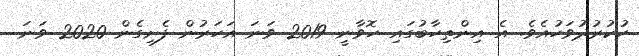
ހުކުރުދުވަހުއެވެ. އެ އިންތިހާބުގައި ހޮވާނީ 2019 ވަަނަ އަހަރުން ފެށިގެން 2020 ވަނަ